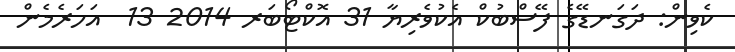
ކެވިން: ދަގަނޑޭގެ ފޭސްބުކް އެކުވެރިޔާ 31 އޮކްޓޯބަރ 2014 13  އަހަރެމެން